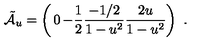
\tilde { \cal A } _ { u } = \left( \begin{matrix} { 0 } & { - { \frac { 1 } { 2 } } } \\ { { \frac { - 1 / 2 } { 1 - u ^ { 2 } } } } & { { \frac { 2 u } { 1 - u ^ { 2 } } } } \\ \end{matrix} \right) \ .